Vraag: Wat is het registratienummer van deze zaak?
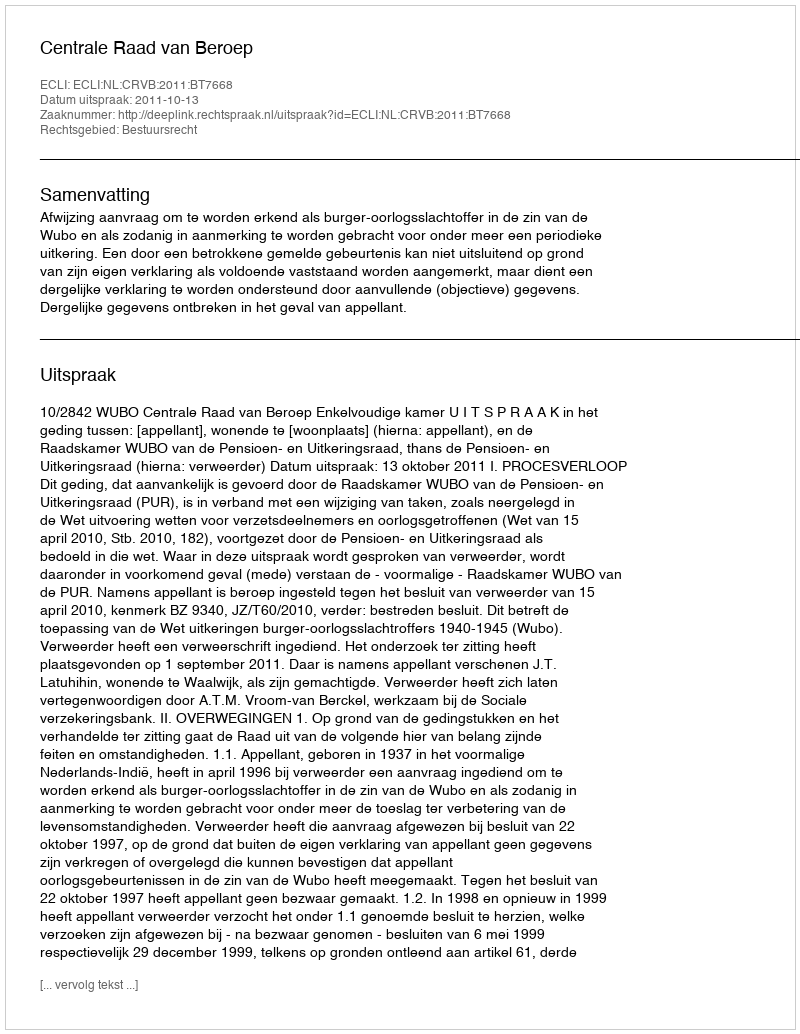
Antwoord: http://deeplink.rechtspraak.nl/uitspraak?id=ECLI:NL:CRVB:2011:BT7668